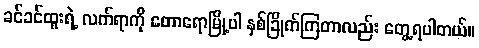
ခင်ခင်ထူးရဲ့ လက်ရာကို တောရောမြို့ပါ နှစ်ခြိုက်ကြတာလည်း တွေ့ရပါတယ်။